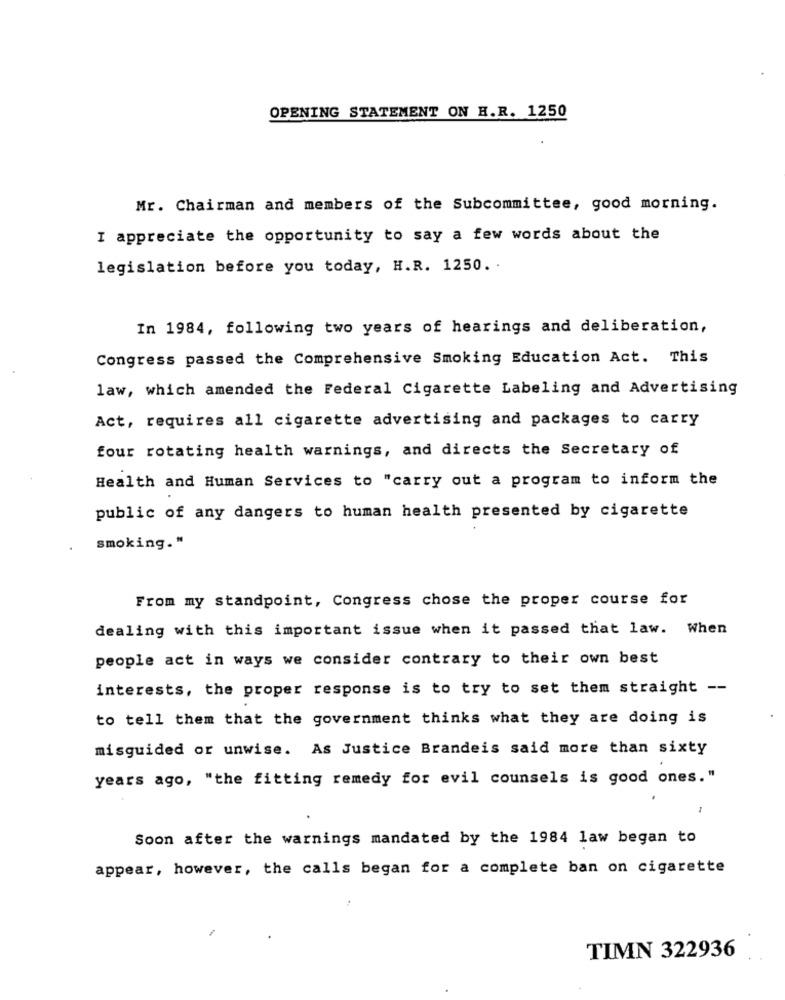
OPENING STATEMENT ON H.R. 1250
Mr. Chairman and members of the Subcommittee, good morning.
I appreciate the opportunity to say a few words about the
legislation before you today, H.R. 1250. .
In 1984, following two years of hearings and deliberation,
Congress passed the Comprehensive Smoking Education Act. This
law, which amended the Federal Cigarette Labeling and Advertising
Act, requires all cigarette advertising and packages to carry
four rotating health warnings, and directs the Secretary of
Health and Human Services to "carry out a program to inform the
public of any dangers to human health presented by cigarette
smoking."
From my standpoint, Congress chose the proper course for
dealing with this important issue when it passed that law. When
people act in ways we consider contrary to their own best
interests, the proper response is to try to set them straight --
to tell them that the government thinks what they are doing is
misguided or unwise. As Justice Brandeis said more than sixty
years ago, "the fitting remedy for evil counsels is good ones."
Soon after the warnings mandated by the 1984 law began to
appear, however, the calls began for a complete ban on cigarette
TIMN 322936